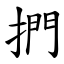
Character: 捫